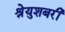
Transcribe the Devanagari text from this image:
श्रेयुशबरी